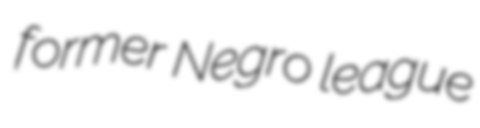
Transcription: former Negro league